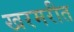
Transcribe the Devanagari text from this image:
खरमरीत